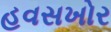
હવસખોર